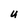
Character: u